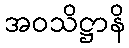
အဝသိဋ္ဌာနိ